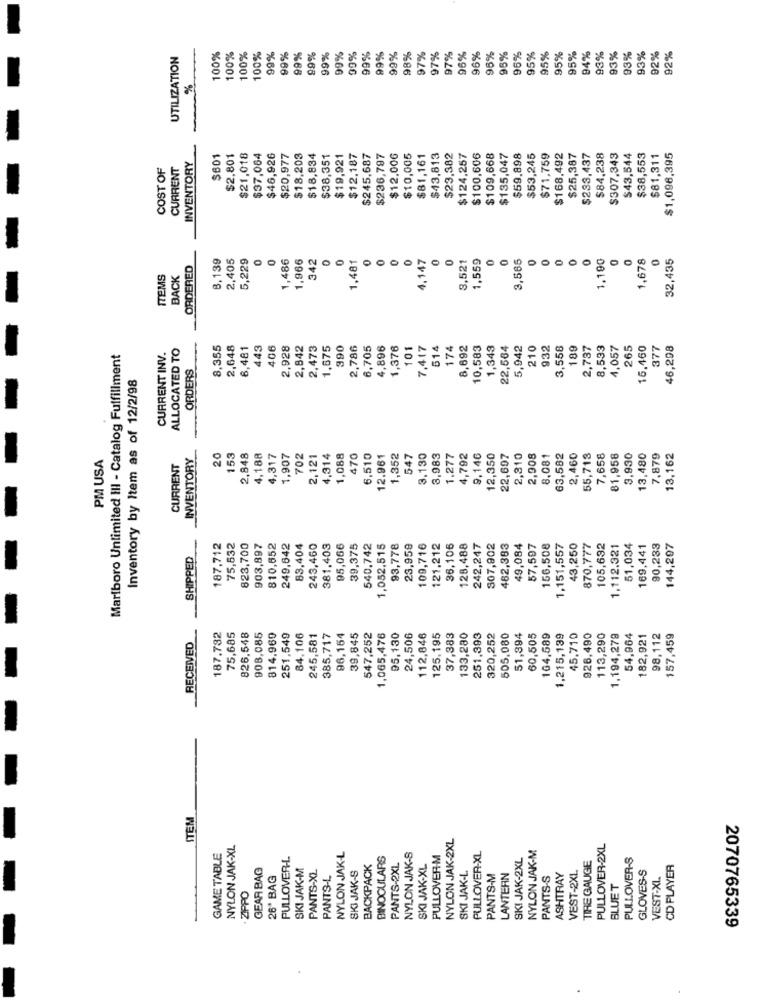
100%
100%
95%
95%
93%
93%
92%
92%
UTILIZATION
100%
100%
99%
99%
99%
99%
99%
99%
09%
99%
99%
99%
98%
97%
97%
97%
96%
96%
96%
95%
96%
95%
95%
94%
93%
93%
%
INVENTORY
$601
$2,801
$21,018
$37,064
$46,926
$20,977
$18,203
$18,834
$38,351
$19,921
$12,187
$245,687
$236,797
$12,006
$10,005
$81,161
$43,813
$23,382
$124,257
$100,606
$109,668
$135,047
$59,898
$53,245
$71,759
$168,492
$25,387
$233,437
$84,238
$307,343
$43,544
$38,553
$81,311
$1,096,395
COST OF
CURRENT
8,139
2,405
5,229
1,486
1.966
342
0
1,481
4,147
3,521
1,559
3,565
1.190
1,678
32,435
ORDERED
0
ITEMS
BACK
ALLOCATED TO
8,355
2,648
6,481
43
406
2,928
2,842
2,473
1,675
390
2,786
6,705
4,896
1,376
01
7,417
174
8,692
10,583
1,343
22,564
5,942
210
32
3,558
189
2,737
8,533
1.057
265
16.460
377
46,298
Marlboro Unlimited III - Catalog Fulfillment
CURRENT INV.
ORDERS
Inventory by Item as of 12/2/98
PM USA
INVENTORY
20
153
2,848
4,188
4,317
1,907
702
2,121
4,314
1,088
470
6,510
12.961
1,352
547
3,130
3,983
1.277
4,792
9,146
12,350
22,607
2,310
2,908
8,081
63,582
2,460
55,713
7,658
81,958
3,930
13,480
7,879
13,162
CURRENT
SHIPPED
187,712
75,532
823,700
903,897
810,652
249,642
83,404
243,460
381,403
95,066
39,375
540,742
1,052,515
93,778
23,959
109,716
121,212
36,106
128,488
242,247
S07,902
462,383
49,084
57,597
156,508
1,151,557
43,250
870,777
105,632
1,112.321
51,034
169,441
90,233
144,297
187,732
75,685
826,548
908,085
814.969
251,549
84.106
245,581
385,717
96,154
39,845
547,252
1,065,476
95,130
24,506
112,846
125.195
37,383
133,280
251,393
320,252
505,080
51,394
60,505
164,589
1,215,139
45,710
926,490
113,290
1,194,279
54,964
182,921
98,112
157,459
RECEIVED
ITEM
NYLON JAK-2XL
NYLON JAK-XL
NYLON JAK-M
PULLOVER-2XL
GAME TABLE
PULLOVER-L
NYLON JAK-L
BINOCULARS
NYLON JAK-S
PULLOVER-M
PULLOVER-XL
SK! JAK-2XL
TIRE GAUGE
PULLOVER-S
GEAR BAG
SKI JAK-M
BACKPACK
PANTS-2XL
SKI JAK-XL
GLOVES-S
CD PLAYER
26ª BAG
PANTS-XL
PANTS-L
SKI JAK-S
SKI JAK-L
PANTS-M
LANTERN
PANTS-S
ASHTRAY
VEST-2XL
VEST-XL
BLUET
· ZIPPO
2070765339